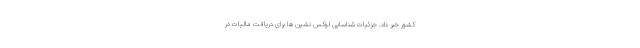
کشور خبر داد. جزئیات شناسایی لوکس‌ نشین‌ ها برای دریافت مالیات در